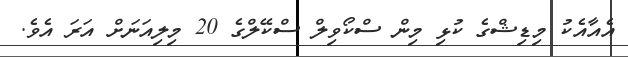
އެއާއެކު މިޑިޝްގެ ކުޅި މިން ސްކޯވިލް ސްކޭލްގެ 20 މިލިއަނަށް އަރަ އެވެ.